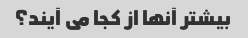
بیشتر آنها از کجا می آیند؟